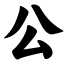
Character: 公